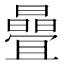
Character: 曡